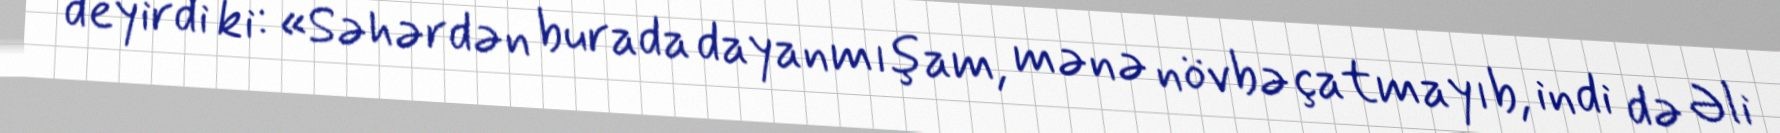
deyirdi ki: «Səhərdən burada dayanmışam, mənə növbə çatmayıb, indi də Əli